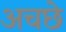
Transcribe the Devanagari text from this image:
अचछे